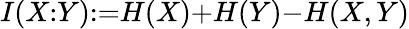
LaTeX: I(X{:}Y){:=}H(X){+}H(Y){-}H(X,Y)